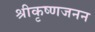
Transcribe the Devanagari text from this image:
श्रीकृष्णजनन